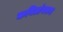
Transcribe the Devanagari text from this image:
कवितांवरून